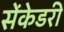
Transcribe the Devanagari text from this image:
सेंकेडरी